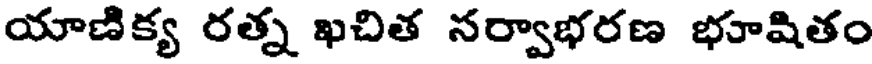
యాణిక్య రత్న ఖచిత నర్వాభరణ భూషితం